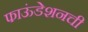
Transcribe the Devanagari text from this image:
फाऊंडेशनची